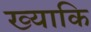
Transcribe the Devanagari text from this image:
ख्याकि